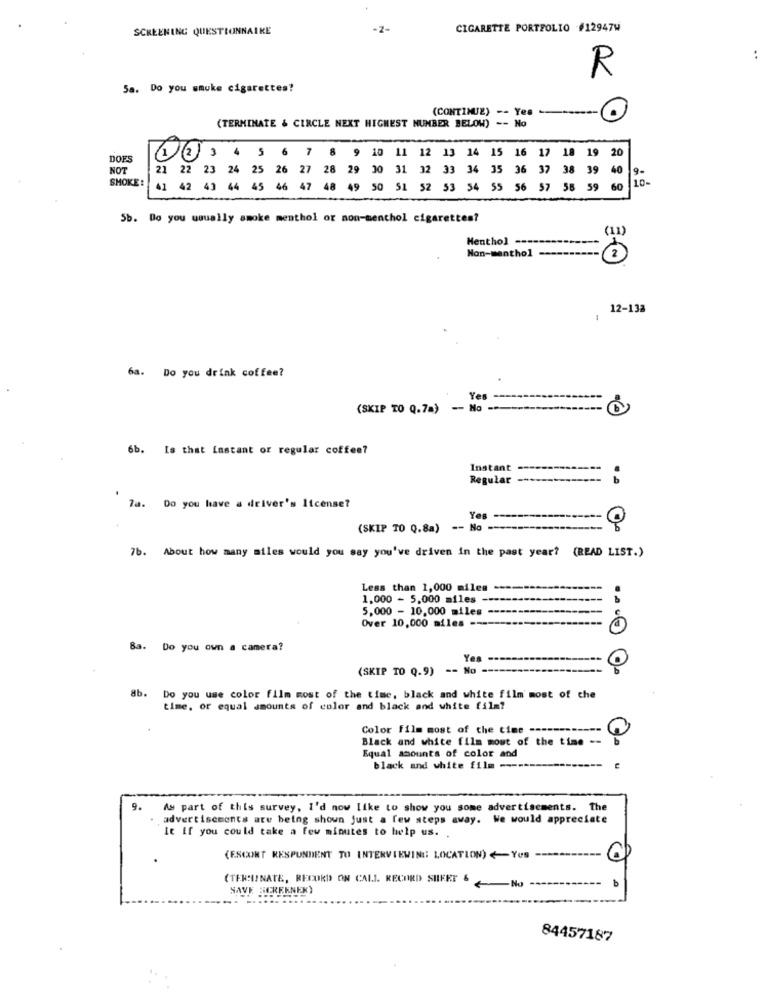
SCREENING QUESTIONNAIRE
-2-
CIGARETTE PORTFOLIO #12947W
..
R
Sa. Do you smuke cigarettes?
(CONTINUE) -- Yes -O
(TERMINATE & CIRCLE NEXT HIGHEST NUMBER BELOW) -- No
20
DOES
1 2 3 4 5 6 7 8 9 10 11 12 13 14 15 16 17
18 19
NOT
21 22 23 24 25 26 27 28 29 00 31 32 33 34 35 36 37 38 39
40
SMOKE :
41 42 43 44 45 46 47 48 49 50 51 52 53 54 55 56 57 58 59
60
Sb. Do you usually smoke menthol or non-menthol cigarettes?
Menthol --
(11)
Non-menthol -----
=0
12-138
6a. Do you drink coffee?
Yes
(SKIP TO Q.7a)
- No -
6b.
Is that instant or regular coffee?
Instant
Regular-
7a. Do you have a driver's license?
Yes
(SKIP TO Q.8a) -- No -
7b. About how many miles would you say you've driven in the past year? (READ LIST.)
Less than 1,000 miles
1.000 - 5,000 miles --
5,000 - 10,000 miles -
Over 10,000 miles ---
8a.
Do you own a camera?
(SKIP TO Q.9) -- No
8b. Do you use color film most of the time, black and white film most of che
time, or equal amounts of color and black and white film?
Color film most of the time ---
Black and white film most of the time --
Equal amounts of color and
black and white film ---
9.
As part of this survey, I'd now like to show you some advertisements. the
advertisements are being shown just a few steps away. We would appreciate
it If you could take a few minutes to help us.
(ESCORT RESPONDENT TU INTERVIEWING: LOCATION) <Yes ---
b
(TERMINATE, RECORD ON CALL RECORD SIEET & No
SAVE BEREKNEK)
84457187